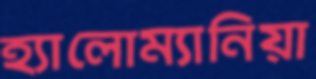
হ্যালোম্যানিয়া